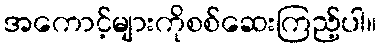
အကောင့်များကိုစစ်ဆေးကြည့်ပါ။